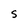
Character: S